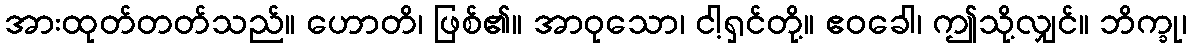
အားထုတ်တတ်သည်။ ဟောတိ၊ ဖြစ်၏။ အာဝုသော၊ ငါ့ရှင်တို့။ ဧဝခေါ၊ ဤသို့လျှင်။ ဘိက္ခု၊